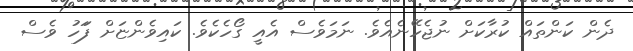
ދެން ކަންތައް ކުރާކަށް ނުޖެހޭނެއެވެ. ނަމަވެސް އެއީ ގޯހެކެވެ. ކައިވެންޏަށް ފަަަހު ވެސް